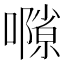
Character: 𡁸